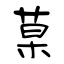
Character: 菒